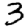
Digit: 3